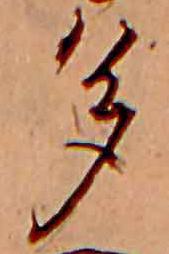
多